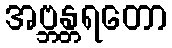
အဗ္ဘန္တရတော